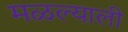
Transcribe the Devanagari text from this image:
मळल्याली